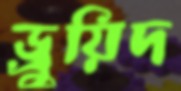
ড্রুয়িদ